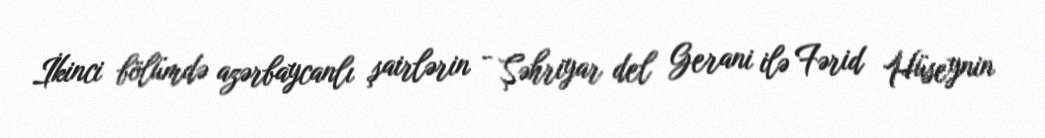
İkinci bölümdə azərbaycanlı şairlərin - Şəhriyar del Gerani ilə Fərid Hüseynin